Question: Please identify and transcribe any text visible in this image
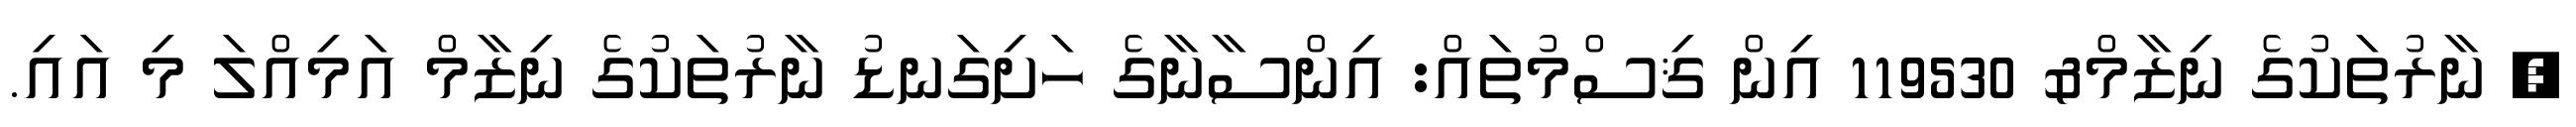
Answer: ? ނާރުތަކުގެ ނިޒާމް& 119530 އިން ޤިސްމުތައް: އިންސާނާގެ ހަށިގަނޑު ނާރުތަކުގެ ނިޒާމް އަމިއްލަ މި އައި.